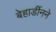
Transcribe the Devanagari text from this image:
बेहार्डीनने